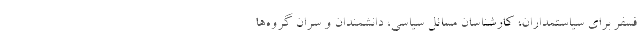
فسفر برای سیاستمداران، کارشناسان مسائل سیاسی، دانشمندان و سران گروه‌ها